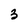
Character: 3